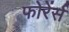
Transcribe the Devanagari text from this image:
फोरेंर्स